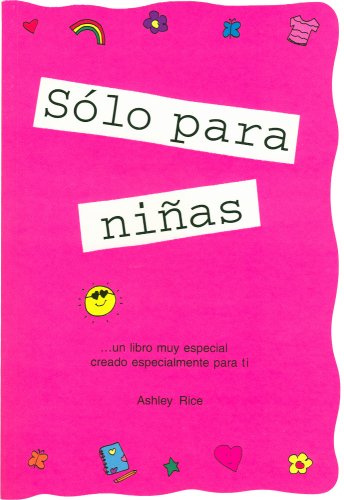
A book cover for Â¡SÃ³lo para niÃ±as! (Spanish "Girls Rule!") (Spanish Edition); Ashley Rice; Teen & Young Adult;